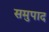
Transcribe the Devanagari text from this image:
समुपाद